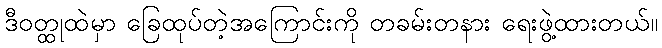
ဒီဝတ္ထုထဲမှာ ခြေထုပ်တဲ့အကြောင်းကို တခမ်းတနား ရေးဖွဲ့ထားတယ်။